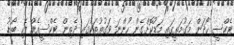
ޓެކްސީ ހޯދަން މަގުމަތީގައި މަޑުކޮށްގެން ހުންނަ ވަގުތުތަކުގައި ދެތިން ޓެކްސީއެއް ފެހި ބޯޑު